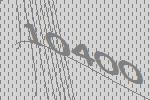
10400